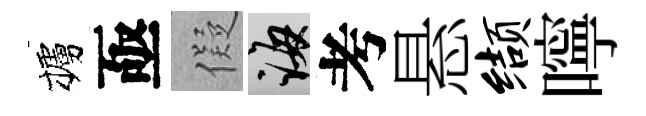
櫨亟儗誨考悬缬嚀